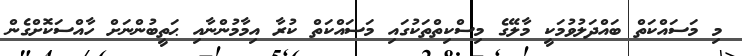
މި މަސައްކަތް ބައްދަލުވުމަކީ މާލޭގެ މިސްކިތްތަކުގައި މަސައްކަތް ކުރާ އިމާމުންނާއި ޙަތީބުންނަށް ހާއްސަކޮށްގެން